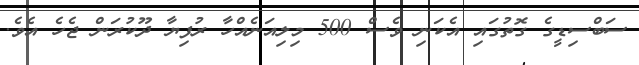
ސަބްސިޑީގެ ގޮތުގައި އެކަނި ވެސް 500 މިލިއަނެއްހާ ރުފިޔާ ދޫކުރަން ޖެހެ އެވެ.